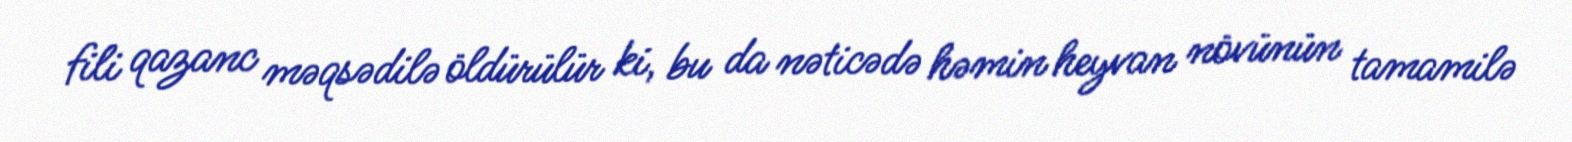
fili qazanc məqsədilə öldürülür ki, bu da nəticədə həmin heyvan növünün tamamilə